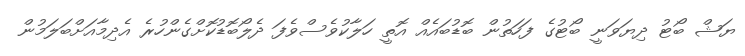
ޔަޝް ބޯޓު ދިޔަވަނީ ބޯޓުގެ ފަހަތުން ބޮޑުބައެއް އޮތީ ހަލާކުވެސްވެފަ ދެލޯބޮޑުކޮށްގެންހުރެ އެދިމާއަށްބަލަމުން